Scientific memoirs by medical officers of the Army of India - Part IV,
Year: 1889
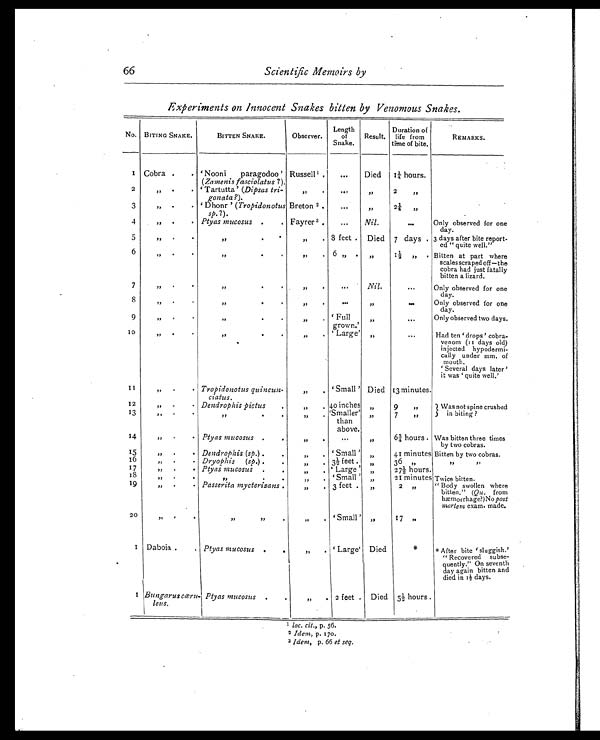
Scientific Memoirs by
Experiments on Innocent Snakes bitten by Venomous Snakes.
No. BITING SNAKE.
BITTEN SNAKE.
Observer.
Length
of
Snake.
Result.
Duration of
life from
t i m e o f b i t e .
REMARKS.
1
Cobra .
. ' Nooni paragodoo '
( Zamenis fasciolatus ?).
Russell1 .
...
Died 1¼ hours.
2
, ,
.
' Tartutta' (Dipsas tri-
gonata?).
, , .
. . .
, ,
2
,,
3
,,
. . ' Dhonr ' ( Tropidonotus
s p . ?
) .
Breton 2 .
...
, ,
2¼ „
4
„ .
. Ptyas mucosus .
. Fayrer 3 .
...
Nil.
. . .
Only observed for one
day.
5
,,
. .
,,
. .
,, . 8 feet. Died 7 days . 3 days after bite report-
ed " quite well."
6
,,
. .
,,
. .
, , .
6 ,, .
, ,
1½
,,
. Bitten at part where
scales scraped off—the
cobra had just fatally
bitten a lizard.
7
,,
. .
,,
. .
,, .
. . . Nil.
...
Only observed for one
day.
8
,, .
,,
.
.
,, .
...
, ,
. . .
Only observed for one
day.
9
,,
. .
,,
.
.
,, .
' Full
grown.'
, ,
. . .
Only observed two days.
1 0
, ,
.
,,
. .
,, .
' Large '
, ,
...
Had ten ' drops ' cobra-
venom (II days old)
injected hypodermi-
cally under mm. of
mouth.
Several days later'
it was ' quite well.'
1 1
, , . .
Tropidonotus quincun.
ciatus.
, , .
'Small' Died 13 minutes.
12
,, . Dendrophis pictus .
„
. 40 inches
, ,
9
,,
Was not spine crushed
in biting ?
1 3
,,
. .
,,
.
.
, , . 'Smaller'
than
above.
, ,
7
,,
1 4
,,
. .
Ptyas mucosus .
.
, ,
.
. . .
, ,
6¾ hours. Was bitten three times
by two cobras.
15
,,
. . Dendrophis (sp. ) .
.
, , . ' Small '
, ,
41 minutes Bitten by two cobras.
1 6
,<
. . Dryophis
(sp.).
.
, , . 3½ feet.
„
36 ,,
,,
, ,
1 7
,,
. . Ptyas mucosus .
.
,,
. ' Large'
„
27½ hours.
1 8
,,
. .
,,
. .
,,
.
Small
, ,
21 minutes Twice bitten.
19
2 0
,,
. .
,,
.
.
Passerita mycterizans.
,,
,,
.
,,
.
,,
.
3 feet .
' Small '
, ,
, ,
2
,,
17 , ,
" Body swollen where
bitten." (Qu. from
hæmorrhage?) No post
mortem exam. made.
1 Daboia .
. Ptyas mucosus .
.
„
. ' Large ' Died
*
*After bite 'sluggish.'
" Recovered subse-
quently." On seventh
day again bitten and
died in 1½d a y s .
1
Bungarus cær u -
leus.
P y t a s m u c o s u s
. .
,,
.
2 feet
Died 5½ hours
1 loc. cit ., p. 56.
2 Idem , p. 170.
3 Idem, p. 66 et seq.
66